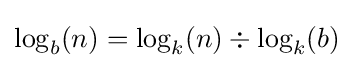
\log _{b}(n)=\log _{k}(n)\div \log _{k}(b)